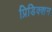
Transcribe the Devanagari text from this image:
प्रिडिक्शन